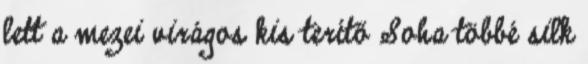
lett a mezei virágos kis terítő Soha többé silk